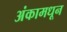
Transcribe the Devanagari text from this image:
अंकामधून